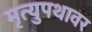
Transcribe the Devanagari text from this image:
मृत्युपथावर